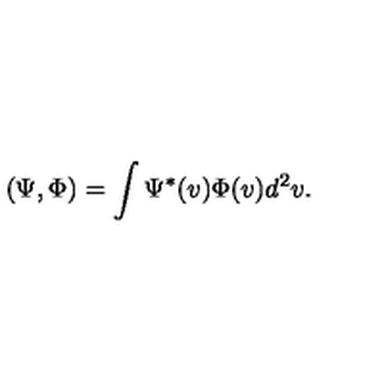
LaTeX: ( \Psi , \Phi ) = \int \Psi ^ { * } ( v ) \Phi ( v ) d ^ { 2 } v .